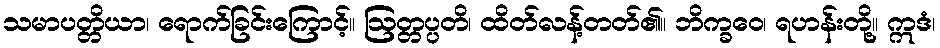
သမာပတ္တိယာ၊ ရောက်ခြင်းကြောင့်။ ဩတ္တပ္ပတိ၊ ထိတ်လန့်တတ်၏။ ဘိက္ခဝေ၊ ရဟန်းတို့။ ဣဒံ၊